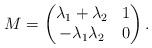
LaTeX: \begin{align*}M=\begin{pmatrix}\lambda_1 + \lambda_2 & 1 \\- \lambda_1 \lambda_2 & 0\end{pmatrix}.\end{align*}